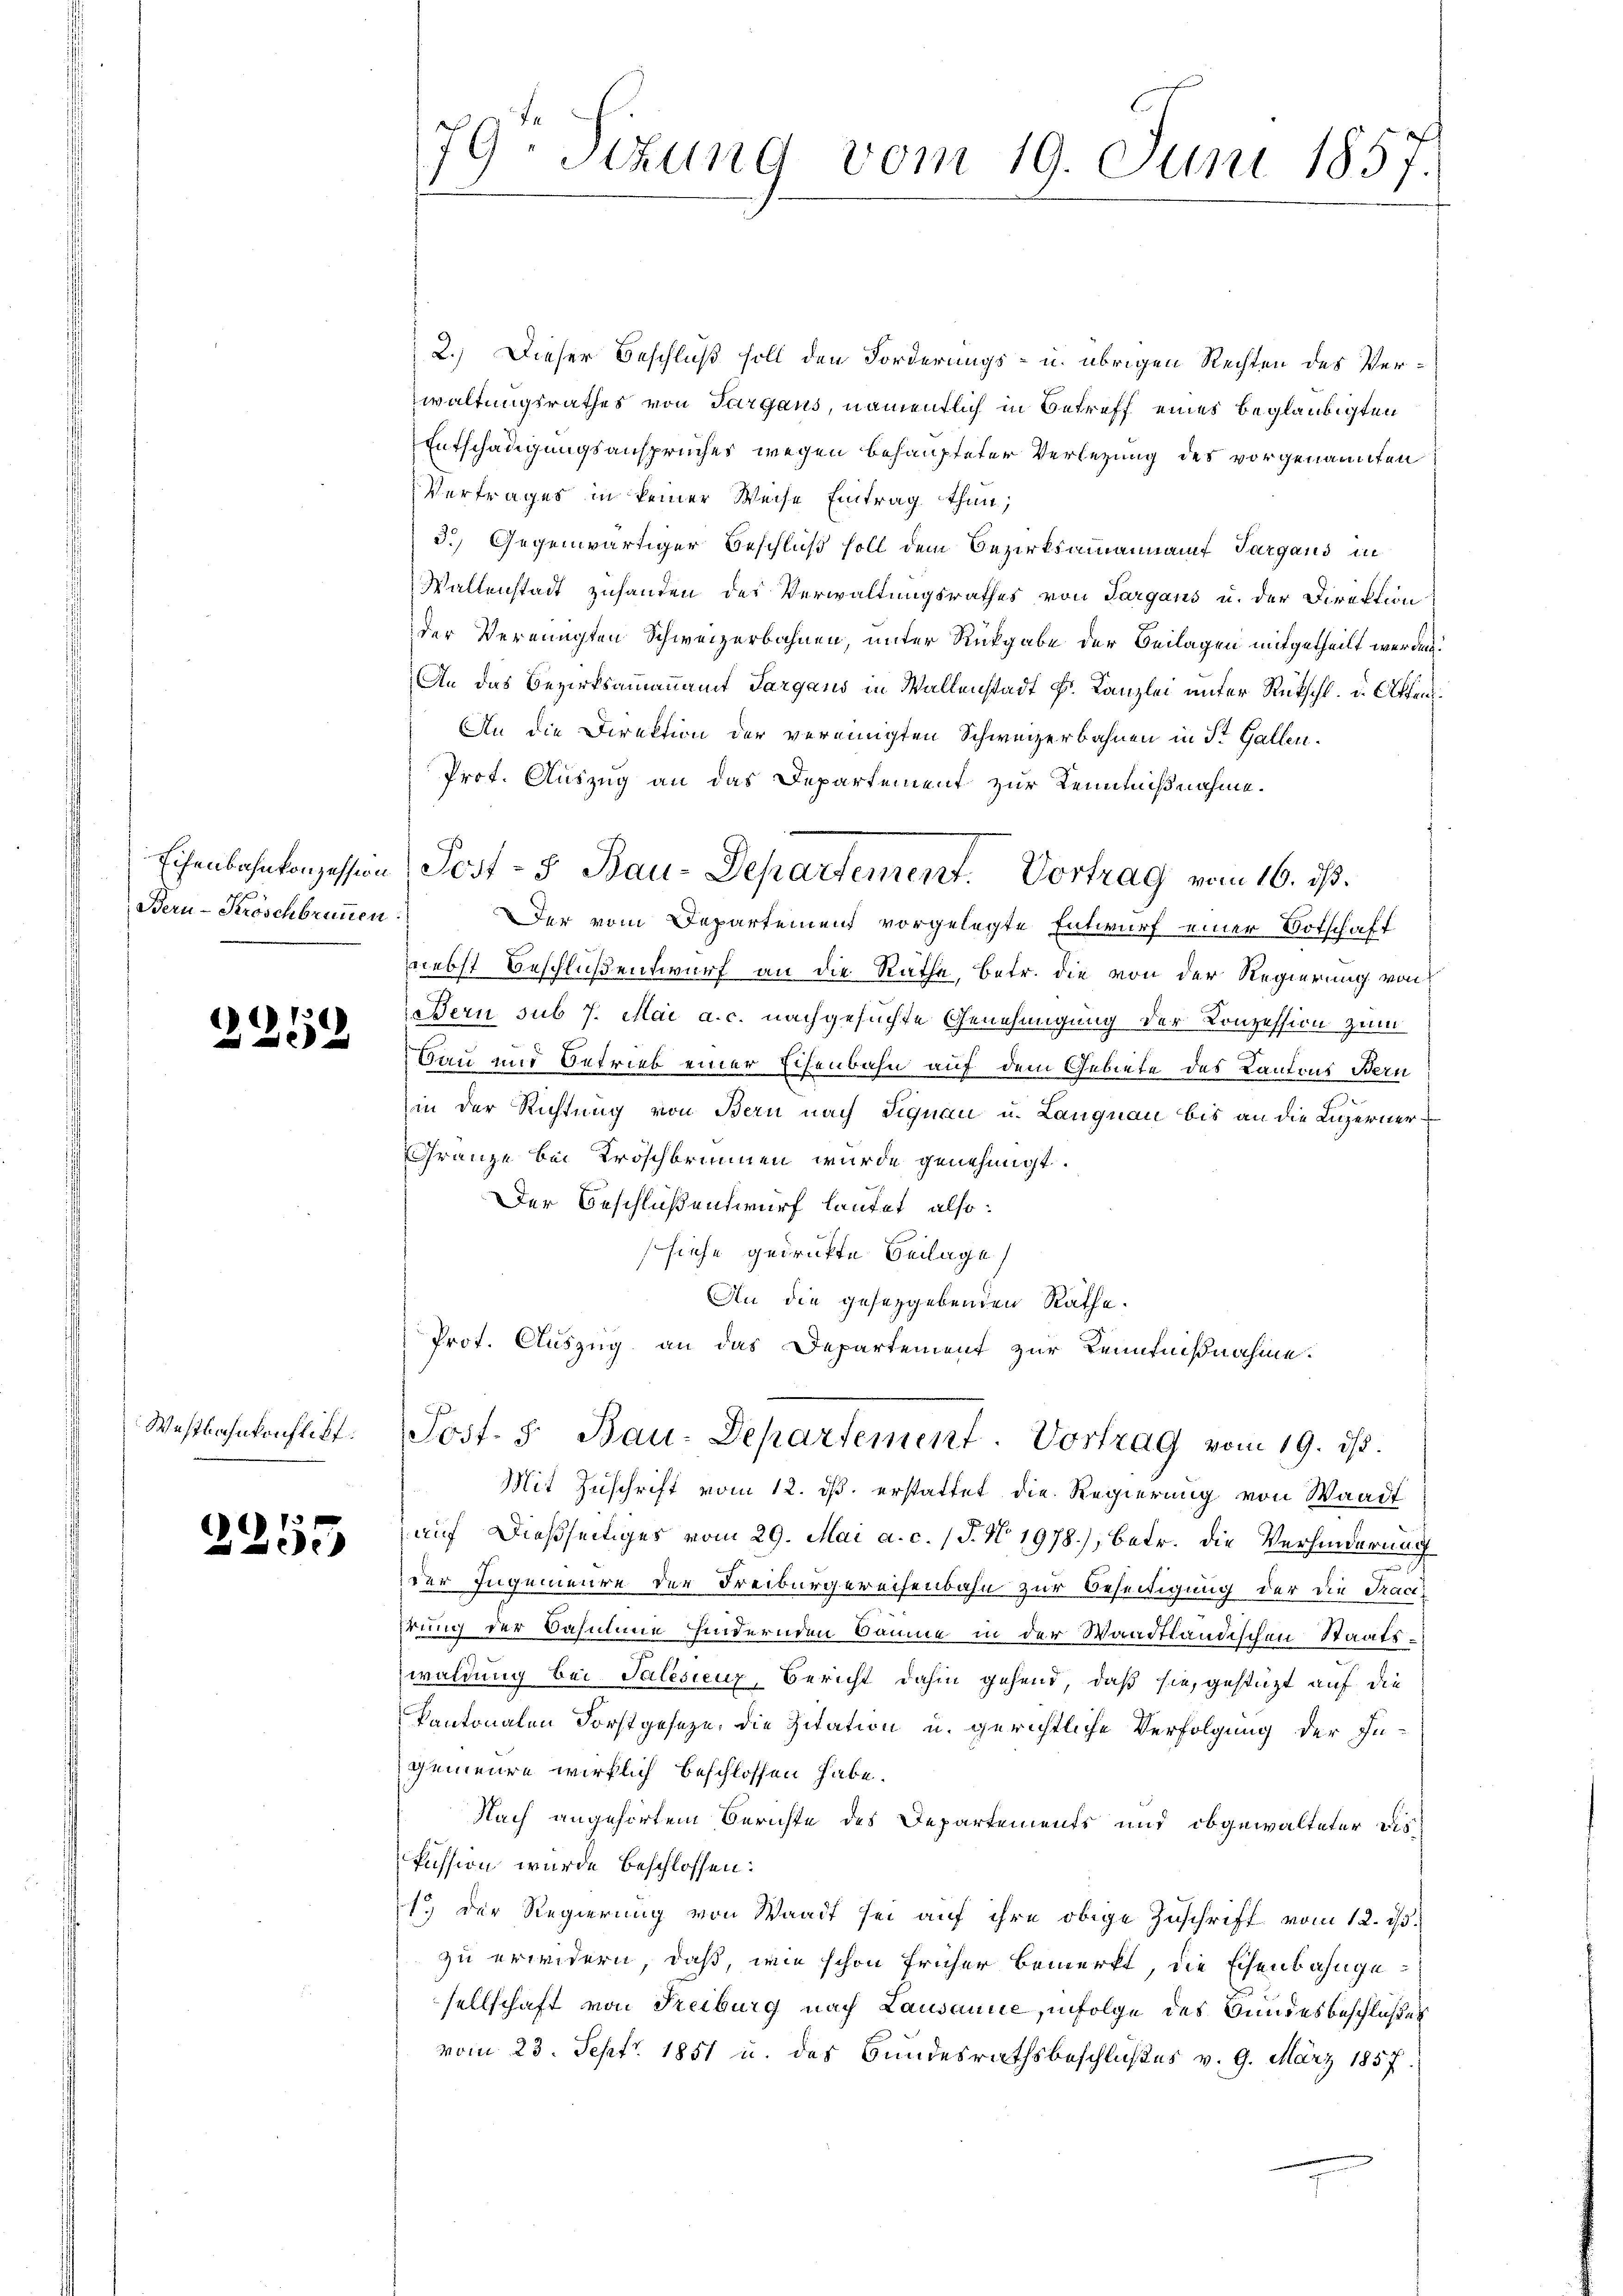
Bern - Kröschbrunnen.

.
2

Westbahnkonflikt

3 x
2200

2.) Dieser Beschluß soll den Forderungs- u. übrigen Rechten des Verwaltungsrathes von Sargaus, namentlich in Betreff eines beglaubigten
Entschädigungsanspruches wegen behaupteter Verlegung des vorgenannten
Vertrages in keiner Weise Eintrag thun;
3.) Gegenwärtiger Beschluß soll dem Bezirksamannamt Vargaus in
Waltenstadt zuhanden des Verwaltungsrathes von Sargans u. der Direktion
der Vereinigten Schweizerbahnen, unter Rückgabe der Beilagen mitgetheilt werden.
An das Bezirksamannamt Sargans in Wallenstadt Fr. Kanzlei unter Rückschl. d. Akten.
An die Direktion der vereinigten Schweizerbahnen in St. Gallen.
Prot. Auszug an das Departement zur Kenntnißnahme.
Der vom Departement vorgelegte Entwurf einer Botschaft
nebst Beschlußentwurf an die Rathe, betr. die von der Regierung von
Bern sub 7. Mai a. c. nachgesuchte Genehmigung der Konzession zum
Bau und Betrieb einer Echenbahn auf dem Gebiete des Kantons Bern
in der Richtung von Bern nach Signau u. Langnau bis an die Luzerner¬
Gränze bei Kroschbrunnen wurde genehmigt.
Der Beschlußentwurf lautet, also:
siehe gedrückte Beilage
An die gesetzgebenden Rathe.
Prot. Auszug an das Departement zur Kenntnißnahme.
Post- & Bau-Departement. Vortrag vom 19. ds.
Mit Zuschrift vom 12. ds. erstattet die Regierung von Waadt
auf dießseitiges vom 29. Mai a. c. (T. N 1978), betr. die Verhinderung
der Ingenieure der Freiburgereisenbahn zur Beseitigung der die Tracehrung der Casuline hindernden Bäume in der Waadtländischen Staatswaldung bei Talesienz, Bericht dahin gehend, daß sie, gestützt auf die
Kantonalen Forstgeseze, die Zitation u. gerichtliche Verfolgung der In-
gemeine wirklich beschlossen habe.
Nach angehörtem Berichte des Departements und obgewalteter Dis
kussion wurde beschlossen:
1.) Der Regierung von Waadt sei auf ihre obige Zuschrift vom 12. ds.
zu erwidern, daß, wie schon früher bemerkt, die Eisenbahngesellschaft von Freiburg nach Lausanne, infolge des Bundesbeschlußes
vom 23. Sept. 1851 u. des Bundesrathsbeschlußes v. 9. März 1857.

79 Sizung vom 19. Juni 1857.

Eisenbahnkonzession, Post- & Bau-Departement. Vortrag vom 16. ds.